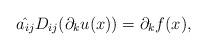
LaTeX: \begin{align*}\hat{a_{ij}}D_{ij}(\partial_ku(x))=\partial_kf(x),\end{align*}